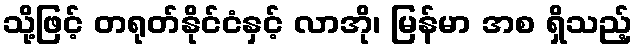
သို့ဖြင့် တရုတ်နိုင်ငံနှင့် လာအို၊ မြန်မာ အစ ရှိသည့်